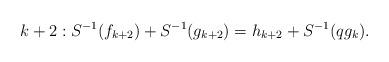
LaTeX: \begin{align*} k+2: S^{-1}(f_{k+2})+S^{-1}(g_{k+2})=h_{k+2}+S^{-1}(qg_{k}).\end{align*}